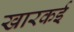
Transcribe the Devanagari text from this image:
खारकई